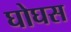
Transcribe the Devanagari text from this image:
घोघस